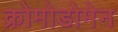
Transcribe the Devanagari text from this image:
क्रोमोडोमेन